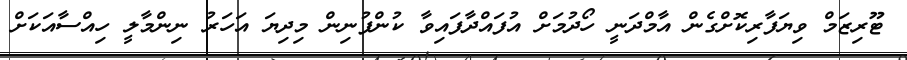
ޓޫރިޒަމް ވިޔަފާރިކޮށްގެން އާމްދަނީ ހޯދުމަށް އުފައްދާފައިވާ ކުންފުނިން މިދިޔަ އަހަރު ނިންމާލީ ހިއްސާއަކަށް